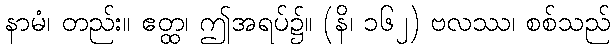
နာမံ၊ တည်း။ ဧတ္ထ၊ ဤအရပ်၌။ (နိ၊ ၁၆၂) ဗလဿ၊ စစ်သည်